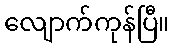
လျောက်ကုန်ပြီ။